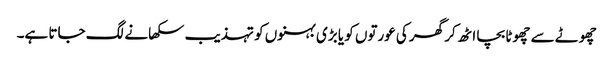
چھوٹے سے چھوٹا بچا اٹھ کر گھر کی عورتوں کو یا بڑی بہنوں کو تہذیب سکھانے لگ جاتا ہے۔